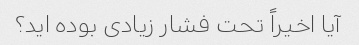
آیا اخیراً تحت فشار زیادی بوده اید؟